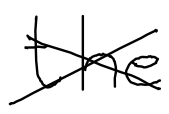
Text: the
Cross-out: cross
Writing tool: digital_black